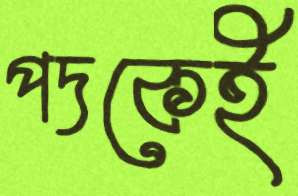
পদকেই